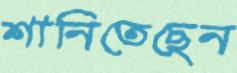
শানিতেছেন